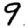
Digit: 9